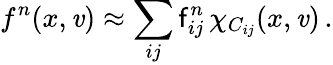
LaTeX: f^{n}(x,\mathit{v})\approx\sum_{ij}\mathsf{{f}}_{ij}^{n}\, \chi_{C_{ij}}(x,\mathit{v})\, .